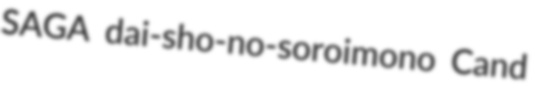
SAGA dai-sho-no-soroimono Cand